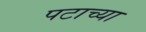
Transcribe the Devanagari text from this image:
पटाच्या